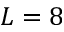
L = 8